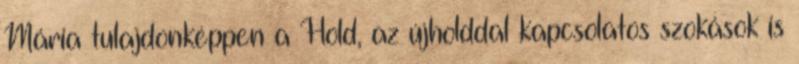
Mária tulajdonképpen a Hold, az újholddal kapcsolatos szokások is